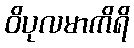
ဝိပုလမာကိရိ